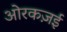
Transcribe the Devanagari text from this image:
ओरकज़ई